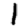
Digit: 1